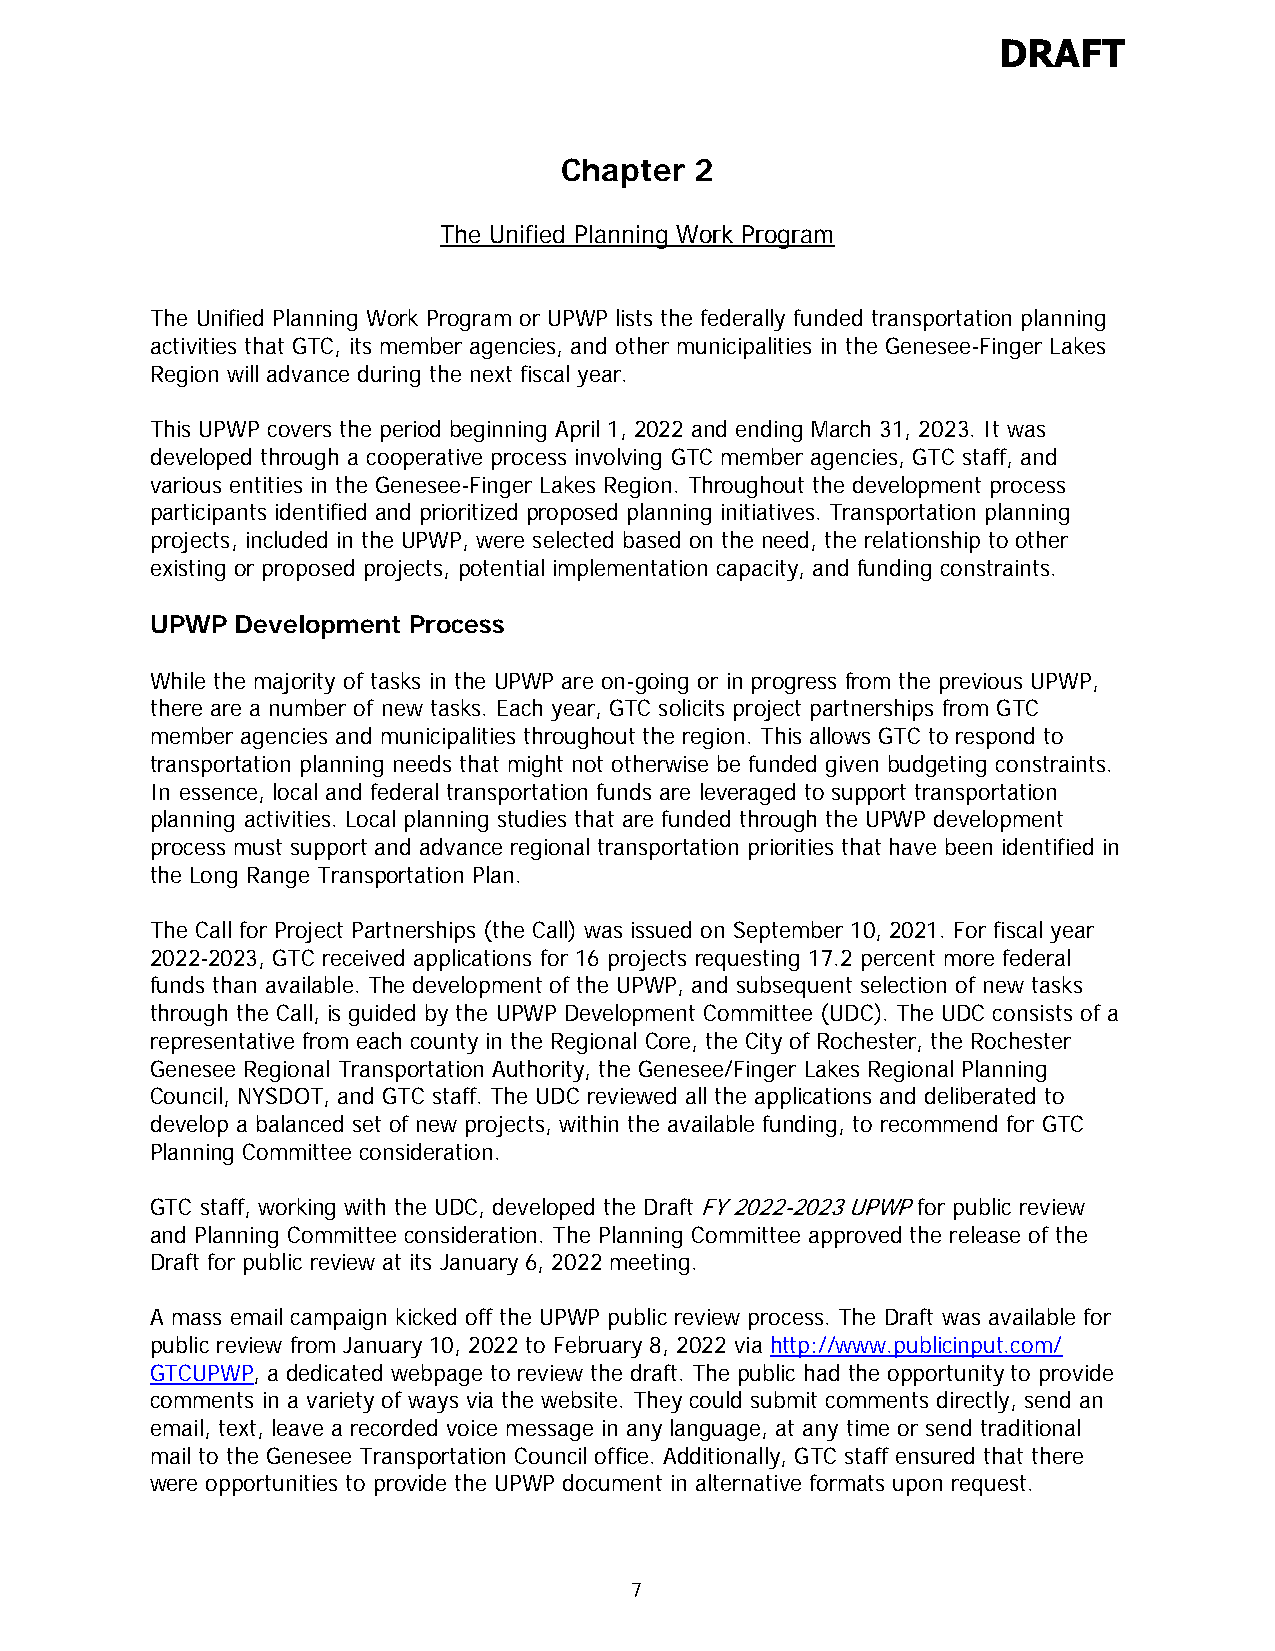
DRAFT
 Chapter  2
 The Unified Planning Work Program
 The Unified Planning Work Program or UPWP lists the federally funded transportation planning
 activities that GTC, its member agencies, and other municipalities in the Genesee-Finger Lakes
 Region will advance during the next fiscal year.
 This UPWP covers the period beginning April 1, 2022 and ending March 31, 2023. It was
 developed through a cooperative process involving GTC member agencies, GTC staff, and
 various entities in the Genesee-Finger Lakes Region. Throughout the development process
 participants identified and prioritized proposed planning initiatives. Transportation planning
 projects, included in the UPWP, were selected based on the need, the relationship to other
 existing or proposed projects, potential implementation capacity, and funding constraints.
 UPWP  Development Process
 While the majority of tasks in the UPWP are on-going or in progress from the previous UPWP,
 there are a number of new tasks. Each year, GTC solicits project partnerships from GTC
 member agencies and municipalities throughout the region. This allows GTC to respond to
 transportation planning needs that might not otherwise be funded given budgeting constraints.
 In essence, local and federal transportation funds are leveraged to support transportation
 planning activities. Local planning studies that are funded through the UPWP development
 process must support and advance regional transportation priorities that have been identified in
 the Long Range Transportation Plan.
 The Call for Project Partnerships (the Call) was issued on September 10, 2021. For fiscal year
 2022-2023, GTC received applications for 16 projects requesting 17.2 percent more federal
 funds than available. The development of the UPWP, and subsequent selection of new tasks
 through the Call, is guided by the UPWP Development Committee (UDC). The UDC consists of a
 representative from each county in the Regional Core, the City of Rochester, the Rochester
 Genesee Regional Transportation Authority, the Genesee/Finger Lakes Regional Planning
 Council, NYSDOT, and GTC staff. The UDC reviewed all the applications and deliberated to
 develop a balanced set of new projects, within the available funding, to recommend for GTC
 Planning Committee consideration.
 GTC staff, working with the UDC, developed the Draft FY 2022-2023 UPWP for public review
 and Planning Committee consideration. The Planning Committee approved the release of the
 Draft for public review at its January 6, 2022 meeting.
 A mass email campaign kicked off the UPWP public review process. The Draft was available for
 public review from January 10, 2022 to February 8, 2022 via http://www.publicinput.com/
 GTCUPWP, a dedicated webpage to review the draft. The public had the opportunity to provide
 comments in a variety of ways via the website. They could submit comments directly, send an
 email, text, leave a recorded voice message in any language, at any time or send traditional
 mail to the Genesee Transportation Council office. Additionally, GTC staff ensured that there
 were opportunities to provide the UPWP document in alternative formats upon request.
 7